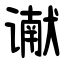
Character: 谳